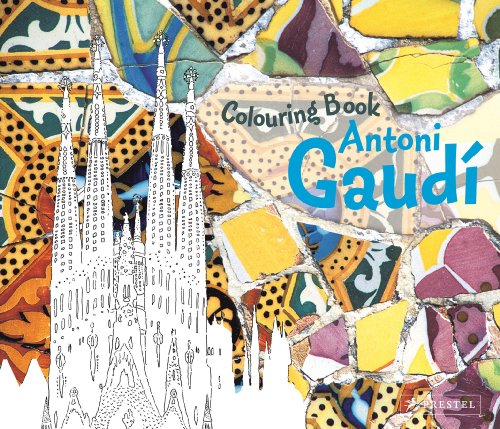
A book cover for Colouring Book Antoni Gaudi; Prestel Publishing; Children's Books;